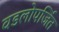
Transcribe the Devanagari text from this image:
वडलोपर्जित